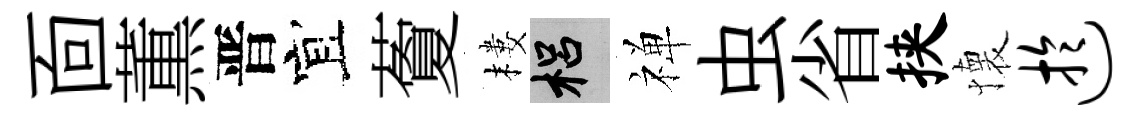
靣薫晋宜藑樓梠禅虫省挟懐迂